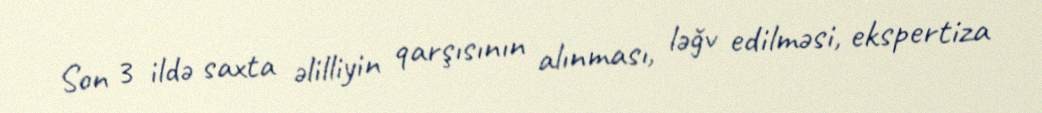
Son 3 ildə saxta əlilliyin qarşısının alınması, ləğv edilməsi, ekspertiza